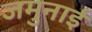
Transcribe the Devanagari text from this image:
जमुनाई